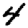
Digit: 4